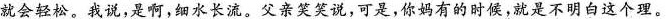
就会轻松。我说，是啊，细水长流。父亲笑笑说。可是，你妈有的时候，就是不明白这个理。